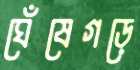
ঘেঁষেগড়ে